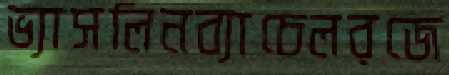
ভ্যাসলিনব্যাচেলরজে